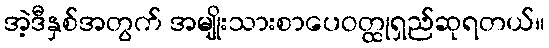
အဲ့ဒီနှစ်အတွက် အမျိုးသားစာပေဝတ္ထုရှည်ဆုရတယ်။